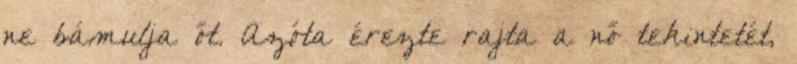
ne bámulja őt. Azóta érezte rajta a nő tekintetét,